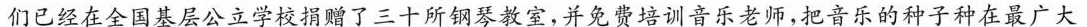
们已经在全国基层公立学校捐赠了三十所钢琴教室，并免费培训音乐老师，把音乐的种子种在最广大